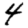
Digit: 4